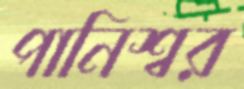
পানিশ্বর